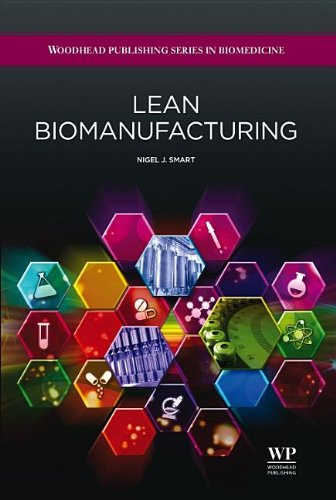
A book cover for Lean Biomanufacturing: Creating Value through Innovative Bioprocessing Approaches (Woodhead Publishing Series in Biomedicine); Nigel J Smart; Business & Money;